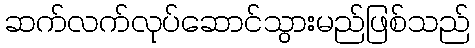
ဆက်လက်လုပ်ဆောင်သွားမည်ဖြစ်သည်